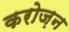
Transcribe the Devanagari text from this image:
करोज़न